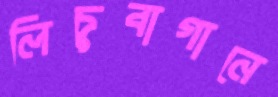
লিচুবাগানে